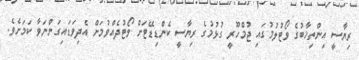
ރިޔާސީ އިންތިޚާބުގެ ވޯޓުލުމުގައި ޖުމްހޫރީ ގުޅުމުގެ ރިޔާސީ ކެންޑިޑޭޓަށް ވޯޓުދެއްވުމަށް އެދިވަޑައިގަންނަވާ ކަމަށެވެ.